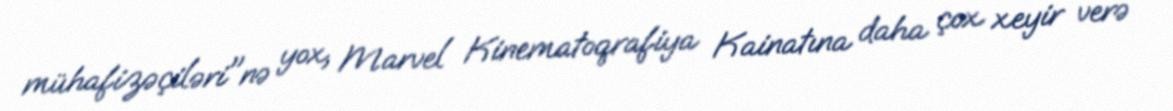
mühafizəçiləri"nə yox, Marvel Kinematoqrafiya Kainatına daha çox xeyir verə